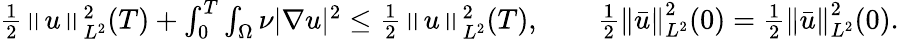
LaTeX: \begin{array}{r}{\frac 12\left\lVert u\right\rVert_{L^{2}}^{2}(T)+\int_{0}^{T}\int_{\Omega}\nu|\nabla u|^{2}\le\frac 12\left\lVert u\right\rVert_{L^{2}}^{2}(T),\qquad\frac 12\left\lVert\bar{u}\right\rVert_{L^{2}}^{2}(0)=\frac 12\left\lVert\bar{u}\right\rVert_{L^{2}}^{2}(0).}\end{array}